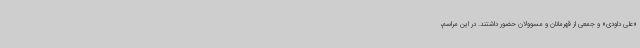
«علی داودی» و جمعی از قهرمانان و مسوولان حضور داشتند. در این مراسم،